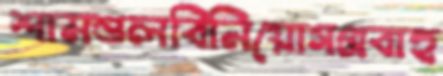
শামশুলবিনিয়োগপ্রবাহ